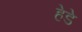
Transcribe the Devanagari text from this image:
हेडे